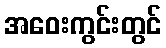
အဝေးကွင်းတွင်